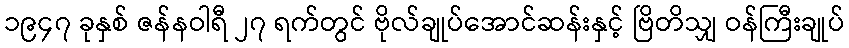
၁၉၄၇ ခုနှစ် ဇန်နဝါရီ ၂၇ ရက်တွင် ဗိုလ်ချုပ်အောင်ဆန်းနှင့် ဗြိတိသျှ ဝန်ကြီးချုပ်